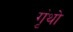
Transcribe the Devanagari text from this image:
गृंथो